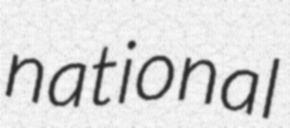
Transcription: national